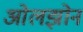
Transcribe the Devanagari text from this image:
ओलझोन